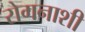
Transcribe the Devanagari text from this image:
रोगनाशी